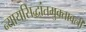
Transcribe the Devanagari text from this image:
न्यायसिद्धांतमुक्तावली